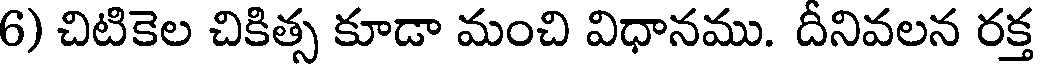
6) చిటికెల చికిత్స కూడా మంచి విధానము. దీనివలన రక్త